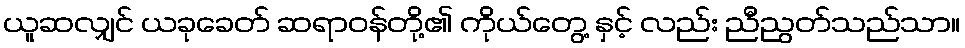
ယူဆလျှင် ယခုခေတ် ဆရာဝန်တို့၏ ကိုယ်တွေ့ နှင့် လည်း ညီညွတ်သည်သာ။